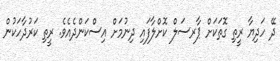
ދޭ ހަދިޔާ ރީތި ގޮތަކަށް ޕާރސަލް ކޮށްލާފައި ދިނުމަށް އިސްކަންދެއެވެ. ރީތި ކަރުދާހަކުން